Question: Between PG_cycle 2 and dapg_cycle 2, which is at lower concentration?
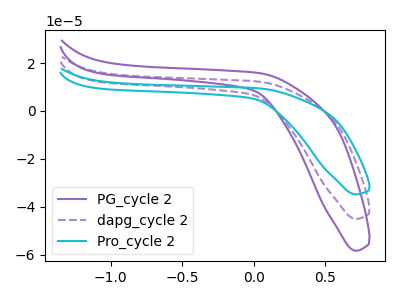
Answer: <think>The purple curve "PG_cycle 2" has no peaks. The purple dashed curve "dapg_cycle 2" has no peaks. The cyan curve "Pro_cycle 2" has no peaks.
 Neither "PG_cycle 2" or "dapg_cycle 2" have any peaks.</think>
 <answer>I cant tell if "PG_cycle 2" or "dapg_cycle 2" has higher concentration.</answer>
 <eval>mixed_concentration</eval>